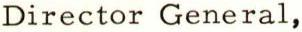
Director General,